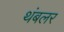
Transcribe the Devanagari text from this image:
थंबलर